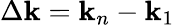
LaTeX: \Delta\mathbf{k}=\mathbf{k}_{n}-\mathbf{k}_{1}